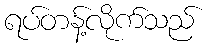
ရပ်တန့်လိုက်သည်